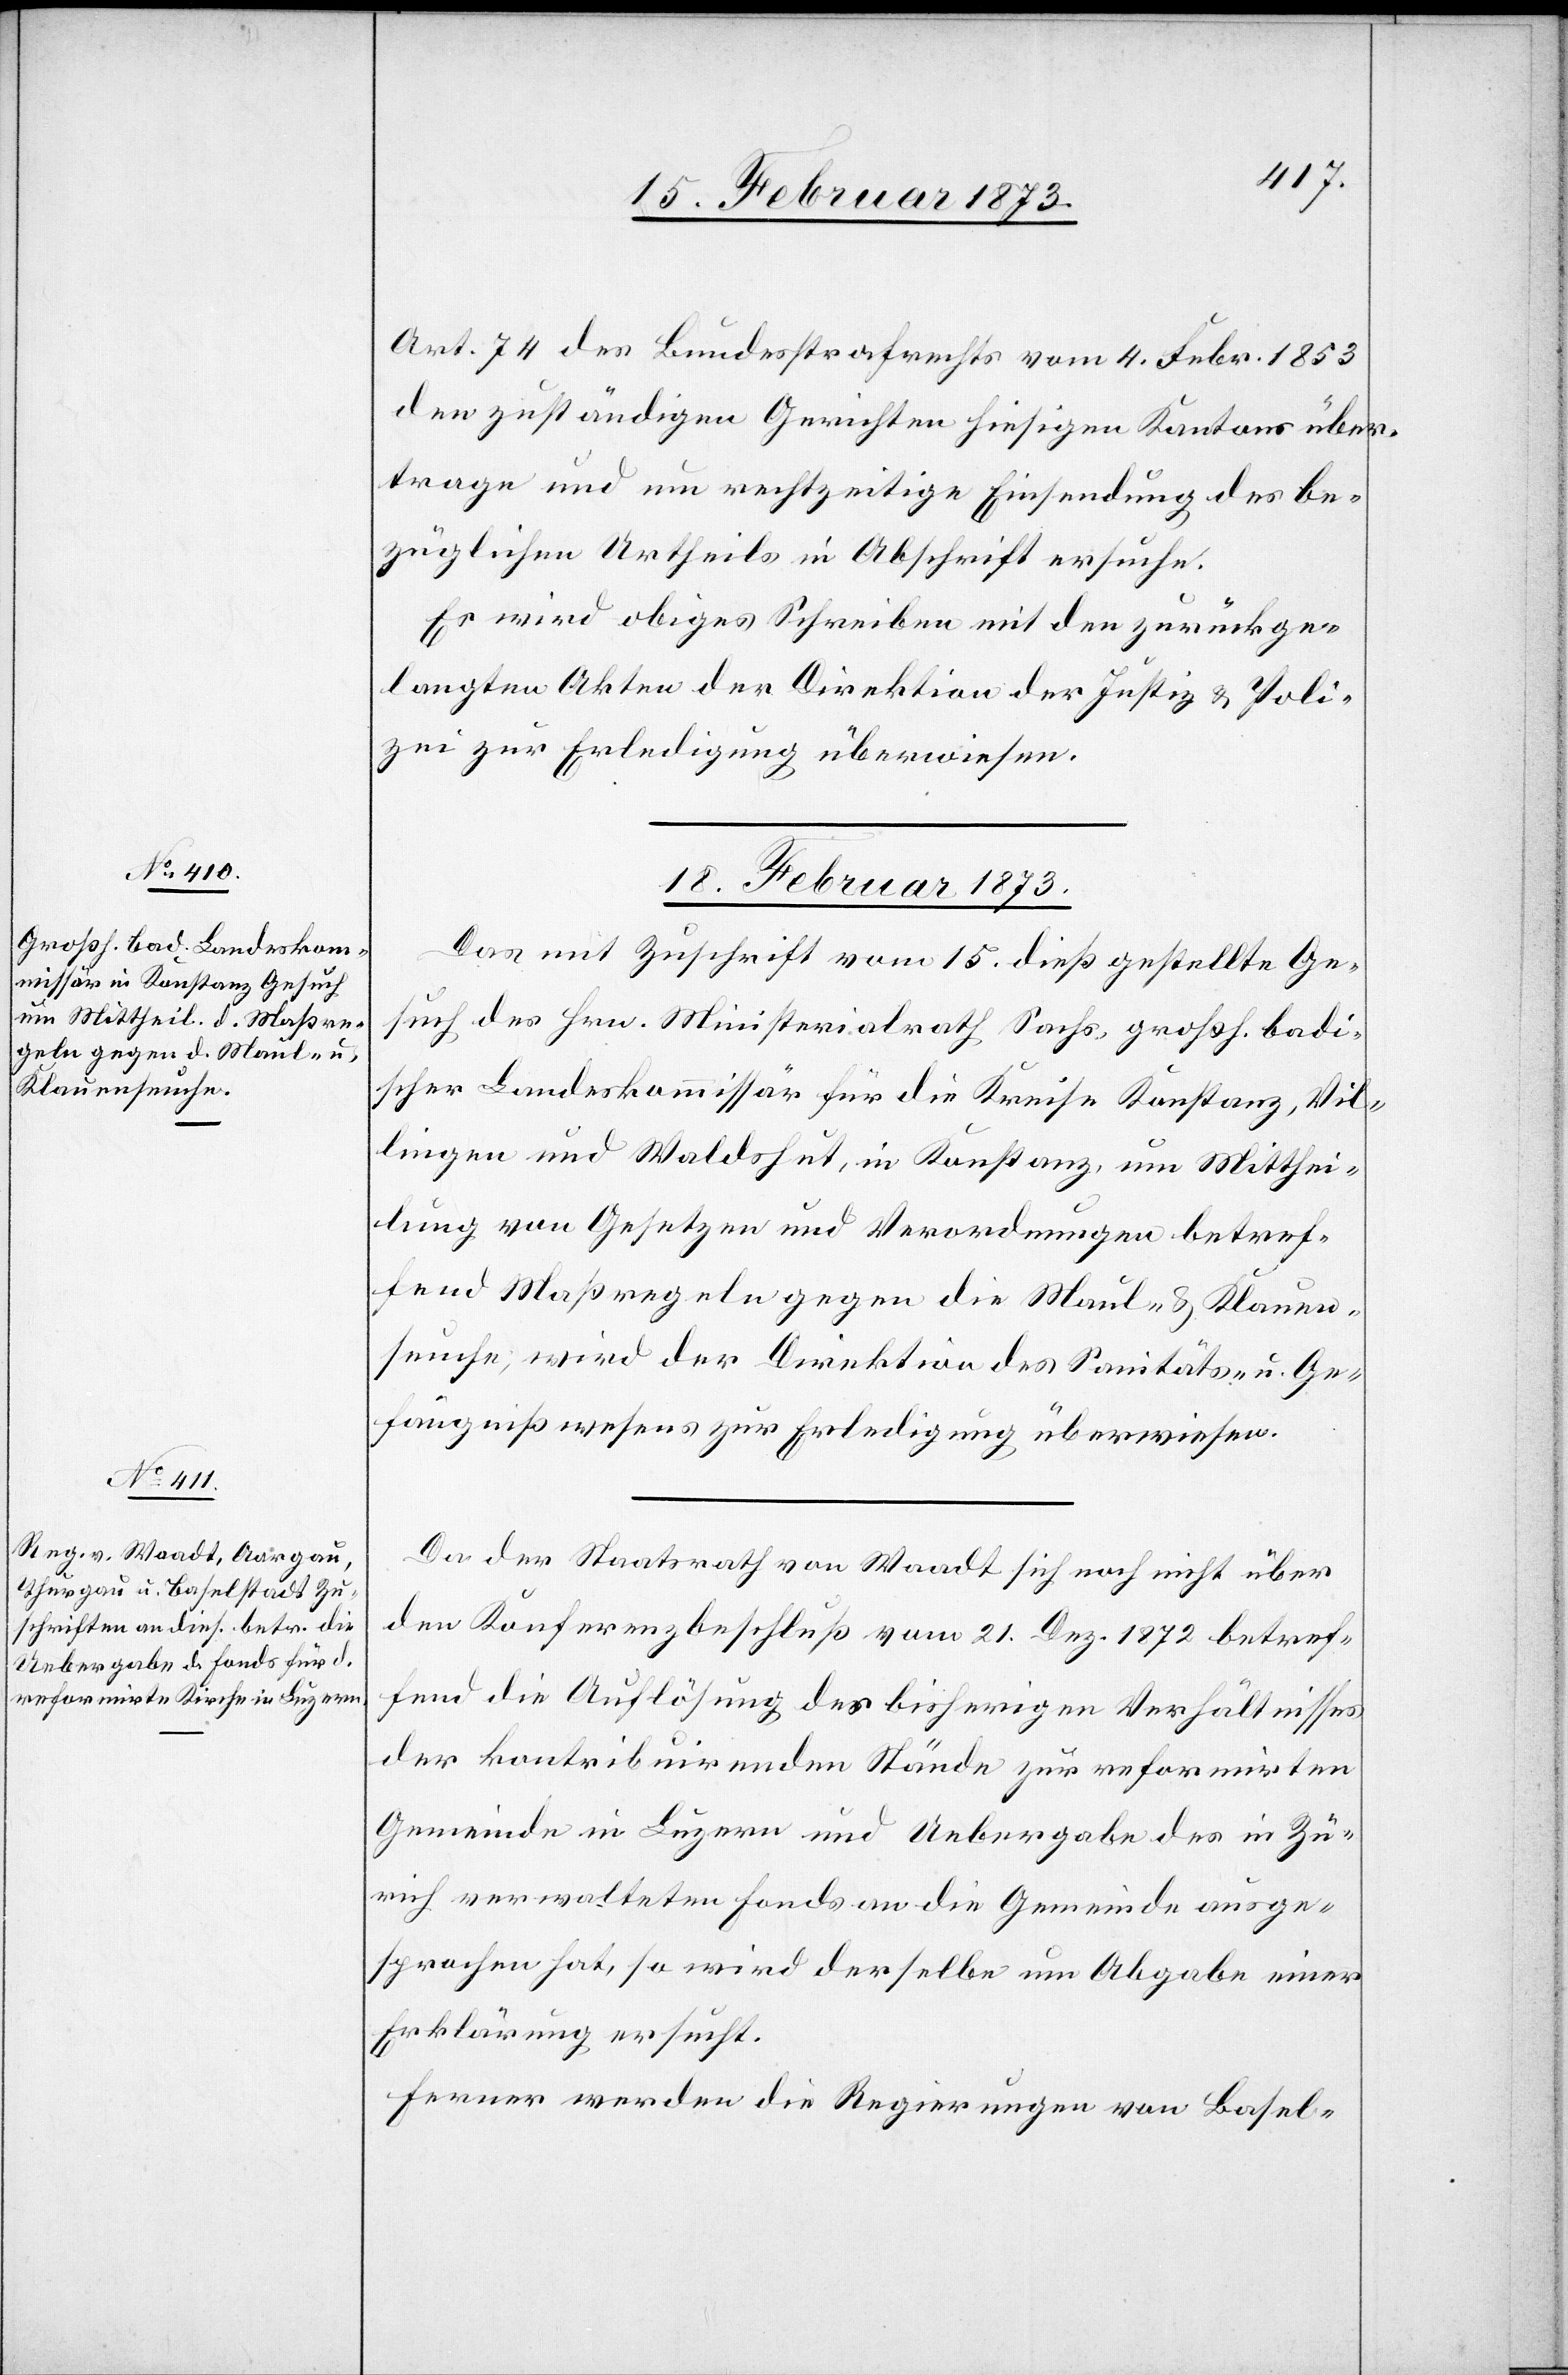
Art. 74 des Bundestrafrechts vom 4. Febr. 1853
den zuständigen Gerichten hiesigen Kantons über¬
trage und um rechtzeitige Einsendung des be¬
züglichen Urtheils in Abschrift ersuche.
Es wird obiges Schreiben mit den zurückge¬
langten Akten der Direktion der Justiz u. Poli¬
zei zur Erledigung überwiesen.
18. Februar 1873.]
Das mit Zuschrift vom 15. dieß gestellte Ge¬
such des Hrn. Ministerialrath Sachs, großh. badi¬
scher Landeskommissär für die Kreise Konstanz, Vil¬
lingen und Waldshut, in Konstanz, um Mitthei¬
lung von Gesetzen und Verordnungen betref¬
fend Maßregeln gegen die Maul- u. Klauen¬
seuche, wird der Direktion des Sanitäts- u. Ge¬
fängnißwesens zur Erledigung überwiesen.
Da der Staatsrath von Waadt sich noch nicht über
den Konferenzbeschluß vom 21. Dez. 1872 betref¬
fend die Auflösung des bisherigen Verhältnisses
der kontribuirenden Stände zur reformirten
Gemeinde in Luzern und Uebergabe des in Zü¬
rich verwalteten Fonds an die Gemeinde ausge¬
sprochen hat, so wird derselbe um Abgabe einer
Erklärung ersucht.
Ferner werden die Regierungen von Basel-